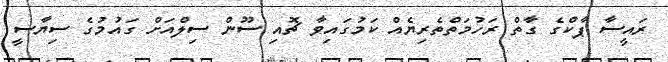
ރައީސާ ޕާކްގެ ގާތް ރަހުމަތްތެރިޔެއް ކަމުގައިވާ ޗޮއި ސޫން ސިލްއަށް ގައުމުގެ ސިޔާސީ